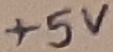
Text: +5V